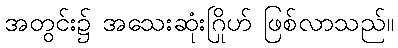
အတွင်း၌ အသေးဆုံးဂြိုဟ် ဖြစ်လာသည်။